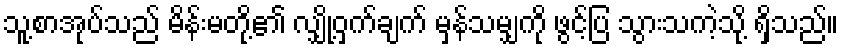
သူ့စာအုပ်သည် မိန်းမတို့၏ လျှို့ဝှက်ချက် မှန်သမျှကို ဖွင့်ပြ သွားသကဲ့သို့ ရှိသည်။